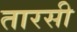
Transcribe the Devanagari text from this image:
तारसी